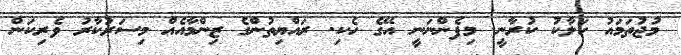
މުޖުތަމައު ހަލާކު ކުރާނީ. މިފެންނަނީ އޭގެ ހެކި. ރައްޔިތުންގެ ޒިންމާއެއް މިސަރުކާރު ވެރިކަން